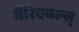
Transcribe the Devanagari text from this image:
वैरिएबल्स्